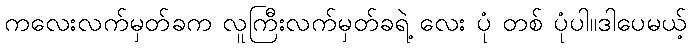
ကလေးလက်မှတ်ခက လူကြီးလက်မှတ်ခရဲ့ လေး ပုံ တစ် ပုံပါ။ဒါပေမယ့်